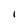
Character: I